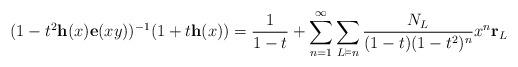
LaTeX: \begin{align*}(1-t^{2}\mathbf{h}(x)\mathbf{e}(xy))^{-1}(1+t\mathbf{h}(x))=\frac{1}{1-t}+\sum_{n=1}^{\infty}\sum_{L\vDash n}\frac{N_L}{(1-t)(1-t^{2})^{n}}x^{n}\mathbf{r}_{L}\end{align*}